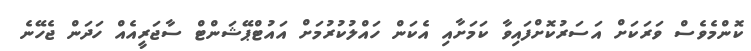
ކޮންމެވެސް ވަރަކަށް އަސަރުކޮށްފައިވާ ކަމަށާއި އެކަން ހައްލުކުރުމަށް އައުޓްޕޭޝަންޓް ސާޖަރީއެއް ހަދަން ޖެހޭނެ